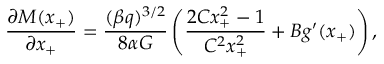
\frac { \partial M ( x _ { + } ) } { \partial x _ { + } } = \frac { ( \beta q ) ^ { 3 / 2 } } { 8 \alpha G } \left( \frac { 2 C x _ { + } ^ { 2 } - 1 } { C ^ { 2 } x _ { + } ^ { 2 } } + B g ^ { \prime } ( x _ { + } ) \right) ,